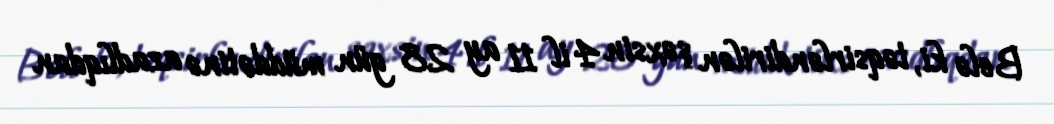
Belə ki, təqsirləndirilən şəxsin 4 il 11 ay 28 gün müddətinə azadlıqdan